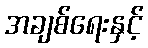
အချစ်ရေးနှင့်